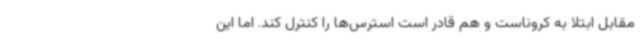
مقابل ابتلا به کروناست و هم قادر است استرس‌ها را کنترل کند. اما این